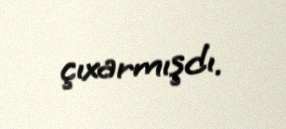
çıxarmışdı.